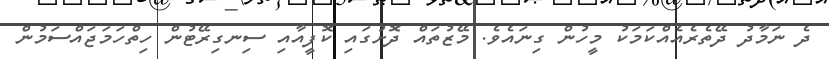
ދެ ނަމާދު ދޭތެރެއެއްކަމަކު މީހުން ގިނައެވެ. މޭޒުތައް ދޮށުގައި ކޮފީއާއި ސިނގިރޭޓުން ހިތްހަމަޖައްސަމުން